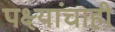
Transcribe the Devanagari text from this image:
पक्ष्यांचाही